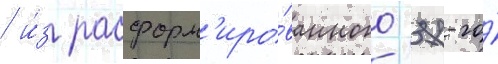
/ и́з расформ'иро́ванного 37-го́